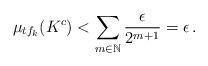
LaTeX: \begin{align*}\mu_{tf_k}(K^c) < \sum_{m \in \mathbb{N}} \frac{\epsilon}{2^{m + 1}} = \epsilon \,.\end{align*}